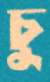
চু